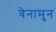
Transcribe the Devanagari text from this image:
वेनामुन